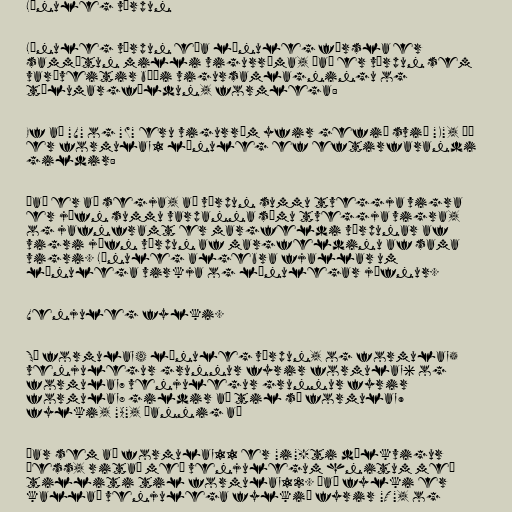
Línuleg vörpun

Línuleg vörpun eða línuleg færsla er
sammótun milli vigurrúma, það er vörpun sem
varðveitir bæði vigursamlagningu og
tölumargföldun, formlega:

Ef að "V" og "W" eru vigurrúm yfir gefið svið "K", þá
er formula_1 línuleg ef eftirfarandi
gildir:

Það er að segja, að vörpun summu tveggja vigra
er jöfn summu varpanna sömu tveggja vigra,
og jafnframt er margfeldi vörpunar af
vigri jöfn vörpun af margfeldinu af sama
vigri. Línuleg algebra fjallar um
línulega virkja og línulegar jöfnur.

Venjuleg fylki.

Sé formula_4 línuleg vörpun, og formula_5
venjulegur grunnur fyrir formula_6 og
formula_7 venjulegur grunnur fyrir
formula_8 gildir að til sé formula_9
fylki, "A", þannig að

Þar sem að formula_11 er "i"-ti dálkvigur
þess, ritað með venjulegum hnitum með
tilliti til formula_12. Það fylki er
kallað venjulega fylkið fyrir "T", og